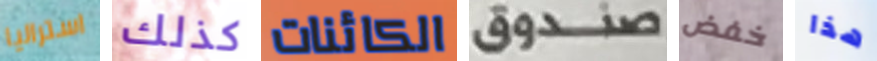
استراليا كذلك الكائنات صندوق خفض هذا